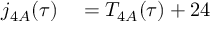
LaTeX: \begin{array} { r l } { j _ { 4 A } ( \tau ) } & { { } = T _ { 4 A } ( \tau ) + 2 4 } \end{array}